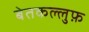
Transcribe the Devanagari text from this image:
बेतकल्लुफ़